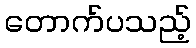
တောက်ပသည့်